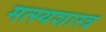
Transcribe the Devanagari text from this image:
मत्स्यशास्त्र